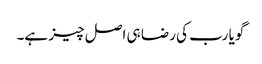
گویا رب کی رضا ہی اصل چیز ہے۔